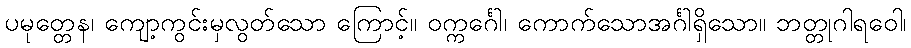
ပမုတ္တေန၊ ကျော့ကွင်းမှလွတ်သော ကြောင့်။ ဝက္ကင်္ဂေါ၊ ကောက်သောအင်္ဂါရှိသော။ ဘတ္တုဂါရဝေါ၊